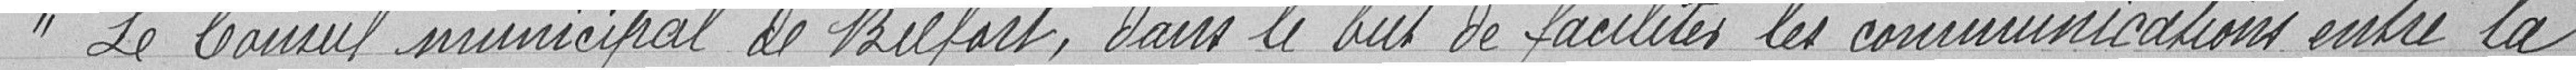
Le Conseil municipal de Belfort, dans le but de faciliter les communications entre la